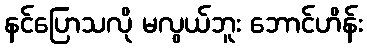
နင်ပြောသလို မလွယ်ဘူး ဘောင်ဟိန်း